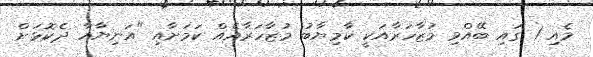
މެއި 1 ގައި ބޭއްވި މުޒާހަރާއަކީ ކާމިޔާބު މުޒާހަރާއެއް ކަމަށާއި "އަނިޔާއާ ދެކޮޅަށް